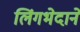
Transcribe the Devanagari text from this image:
लिंगभेदाने